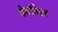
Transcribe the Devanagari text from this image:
पेगनिएर